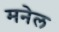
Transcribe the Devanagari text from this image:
मनेल